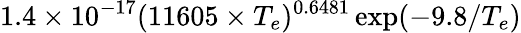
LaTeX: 1.4\times 10^{-17}(11605\times T_{e})^{0.6481}\exp({-9.8/T_{e}})